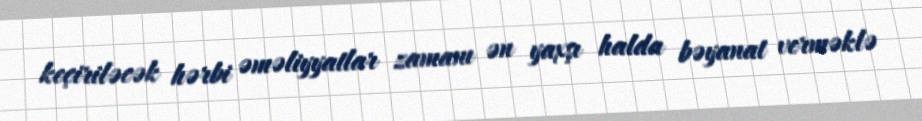
keçiriləcək hərbi əməliyyatlar zamanı ən yaxşı halda bəyanat verməklə